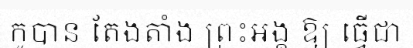
កូបាន តែងតាំង ព្រះអង្គ ឱ្យ ធ្វើជា